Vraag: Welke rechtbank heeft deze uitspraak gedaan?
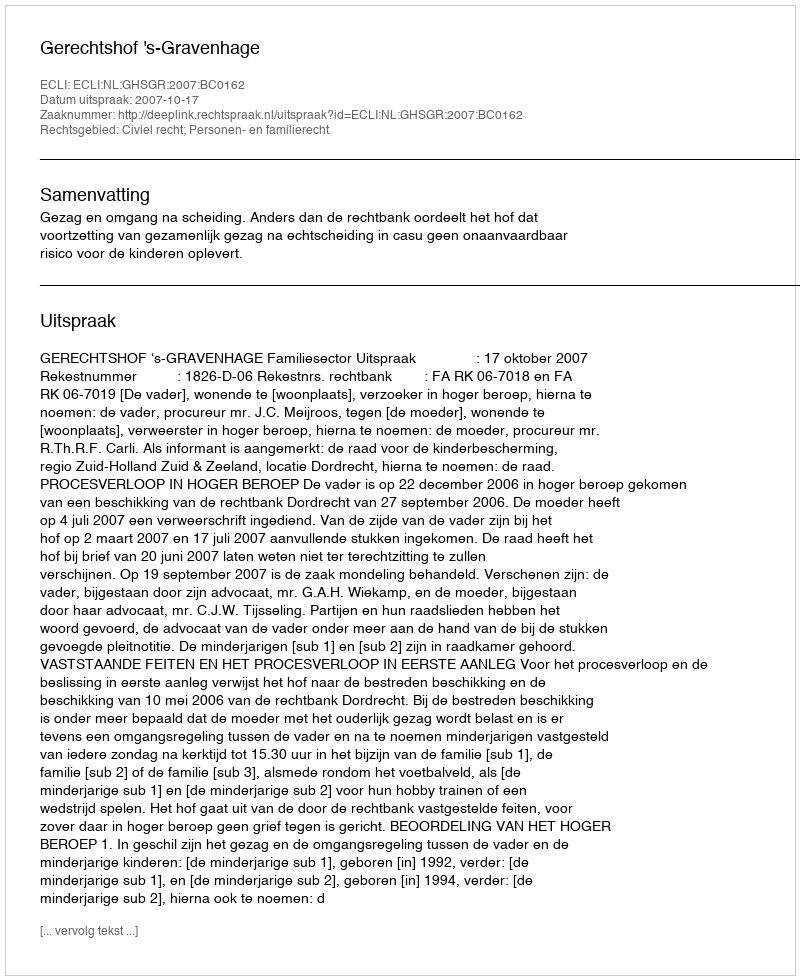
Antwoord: Gerechtshof 's-Gravenhage